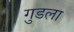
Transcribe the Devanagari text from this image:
गुडला